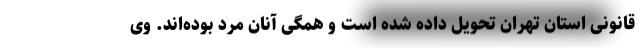
قانونی استان تهران تحویل داده شده است و همگی آنان مرد بوده‌اند. وی